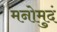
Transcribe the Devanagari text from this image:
मनोमुदं